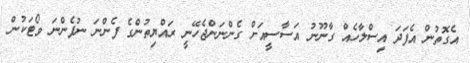
އެގޮތުން އެފަދަ އިސްލާހެއް ގާނޫނު އަސާސީއަށް ގެންނަންޖެހޭނީ ރައްޔިތުންގެ ފެންނަ ނުފެންނަ ވޯޓަކުން